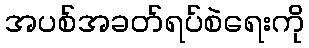
အပစ်အခတ်ရပ်စဲရေးကို